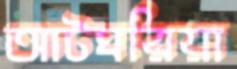
আটঘরিয়া